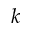
k